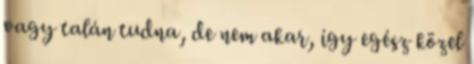
vagy talán tudna, de nem akar, így egész közel